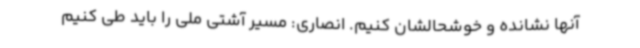
آنها نشانده و خوشحالشان کنیم. انصاری: مسیر آشتی ملی را باید طی کنیم